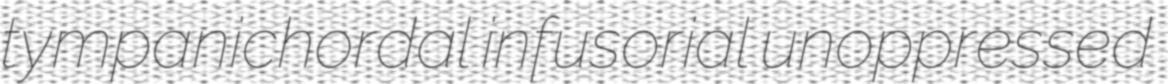
tympanichordal infusorial unoppressed